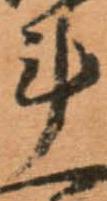
計